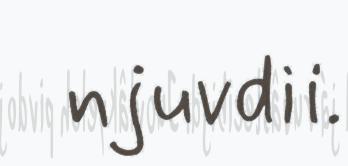
njuvdii.